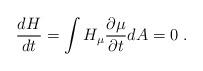
LaTeX: \begin{align*}\frac{dH}{dt}= \int H_{\mu} \frac{\partial \mu}{\partial t} dA = 0~. \\\end{align*}